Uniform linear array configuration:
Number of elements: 4
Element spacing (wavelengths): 0.75
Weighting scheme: hamming
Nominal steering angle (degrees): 15
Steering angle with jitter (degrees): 13.832
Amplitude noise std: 0.05
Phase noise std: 0.05

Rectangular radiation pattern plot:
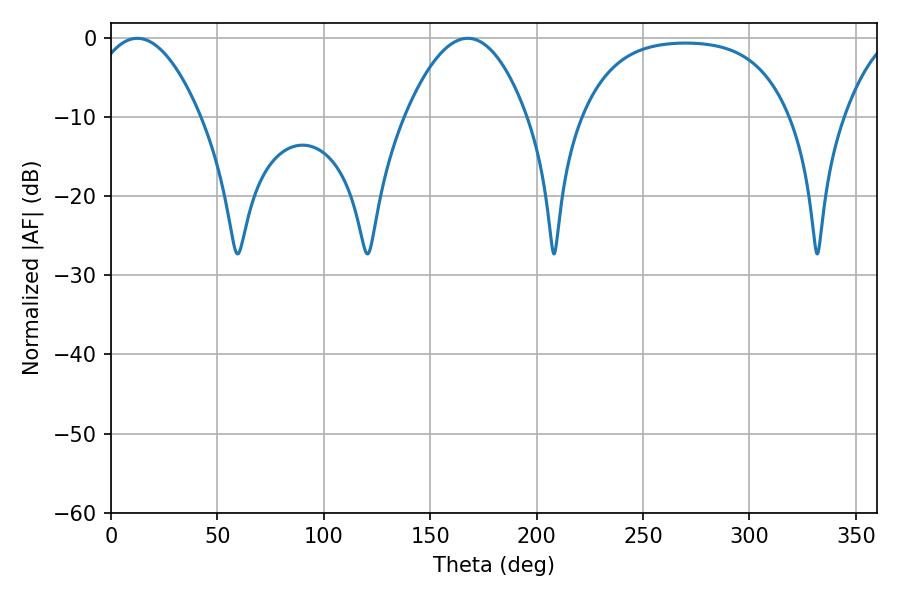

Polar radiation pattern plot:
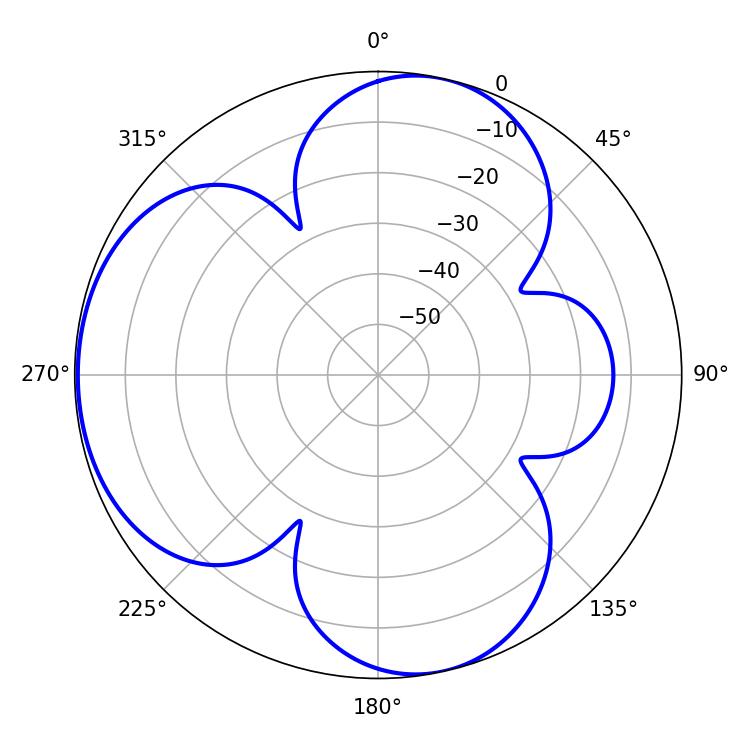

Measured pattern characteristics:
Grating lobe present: TRUE
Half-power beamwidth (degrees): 28.44
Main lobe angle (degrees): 12.42